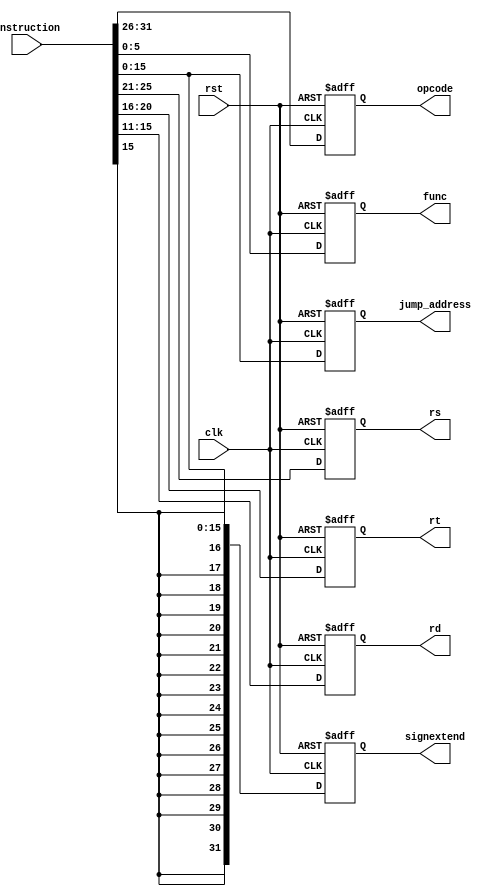
module IF_ID(
    input wire [31:0] instruction,
    input wire clk,
    input wire rst,

    output reg [5:0] opcode,
    output reg [5:0] func,
    output reg [15:0] jump_address,
    output reg [4:0] rs,
    output reg [4:0] rt,
    output reg [4:0] rd,
    output reg [31:0] signextend
);

    always @(posedge clk or posedge rst)
	begin
        if (rst) 
		begin
            opcode <= 6'b0;
            func <= 6'b0;
            jump_address <= 16'b0;
            rs <= 5'b0;
            rt <= 5'b0;
            rd <= 5'b0;
            signextend <= 32'b0;
        end
		else
		begin
            opcode <= instruction[31:26];
            func <= instruction[5:0];
            jump_address <= instruction[15:0];
			
            rs <= instruction[25:21];
            rt <= instruction[20:16];
            rd <= instruction[15:11];
			
            signextend <= {{16{instruction[15]}}, instruction[15:0]};
        end
    end

endmodule